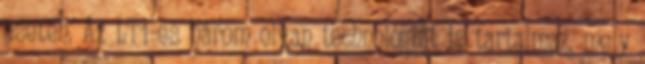
esetén. Az LT1-es három olyan technológiát is tartalmaz, mely